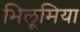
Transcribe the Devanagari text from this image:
भिलूमिया